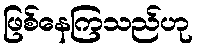
ဖြစ်နေကြသည်ဟု